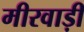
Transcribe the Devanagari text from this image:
मीरवाड़ी